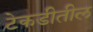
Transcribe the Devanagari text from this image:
टेकडीतील